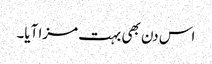
اس دن بھی بہت مزا آیا۔